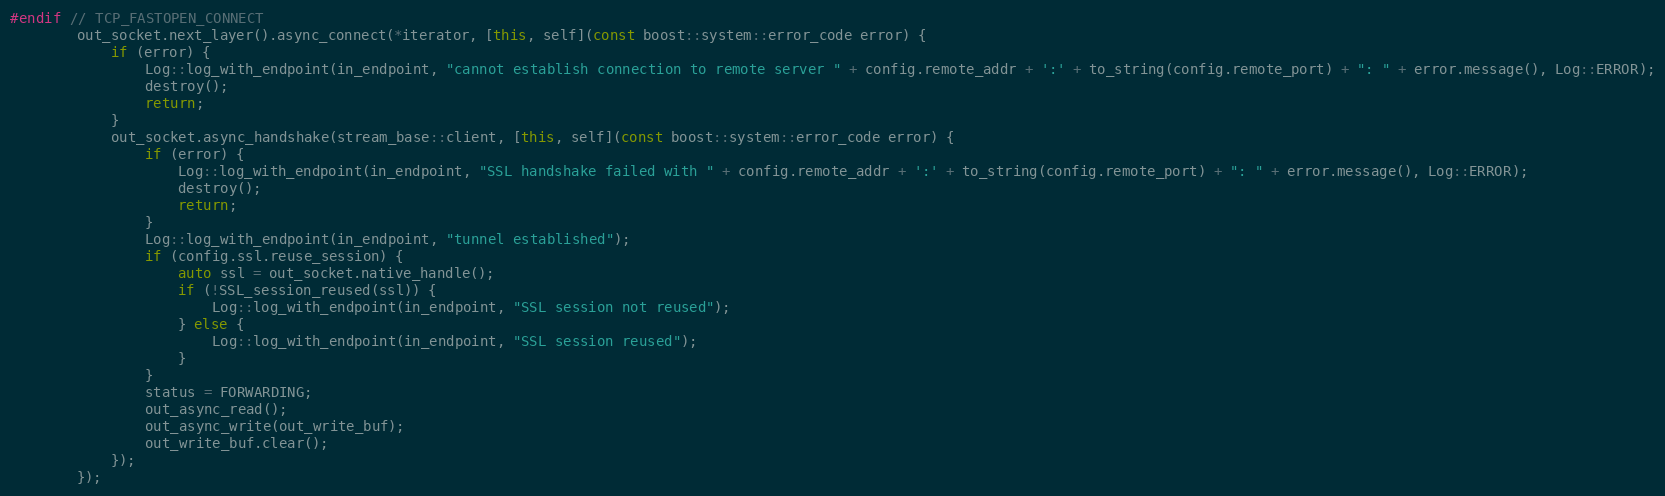
Language: C++
#endif // TCP_FASTOPEN_CONNECT
        out_socket.next_layer().async_connect(*iterator, [this, self](const boost::system::error_code error) {
            if (error) {
                Log::log_with_endpoint(in_endpoint, "cannot establish connection to remote server " + config.remote_addr + ':' + to_string(config.remote_port) + ": " + error.message(), Log::ERROR);
                destroy();
                return;
            }
            out_socket.async_handshake(stream_base::client, [this, self](const boost::system::error_code error) {
                if (error) {
                    Log::log_with_endpoint(in_endpoint, "SSL handshake failed with " + config.remote_addr + ':' + to_string(config.remote_port) + ": " + error.message(), Log::ERROR);
                    destroy();
                    return;
                }
                Log::log_with_endpoint(in_endpoint, "tunnel established");
                if (config.ssl.reuse_session) {
                    auto ssl = out_socket.native_handle();
                    if (!SSL_session_reused(ssl)) {
                        Log::log_with_endpoint(in_endpoint, "SSL session not reused");
                    } else {
                        Log::log_with_endpoint(in_endpoint, "SSL session reused");
                    }
                }
                status = FORWARDING;
                out_async_read();
                out_async_write(out_write_buf);
                out_write_buf.clear();
            });
        });